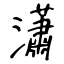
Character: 瀟